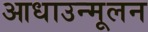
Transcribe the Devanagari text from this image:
आधाउन्मूलन